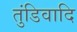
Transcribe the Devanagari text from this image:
तुंडिवादि